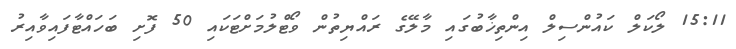
15:11 ލޯކަލް ކައުންސިލް އިންތިޚާބުގައި މާލޭގެ ރައްޔިތުން ވޯޓްލުމަށްޓަކައި 50 ފޮށި ބަހައްޓާފައިވާއިރު